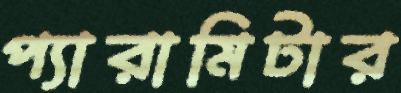
প্যারামিটার